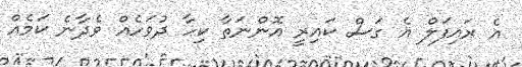
އެ ރައިފަލް އެ ގަސް ކައިރީ އޮންނަތާ ކިހާ ދުވަހެއް ވެދާނެ ކަމެއް